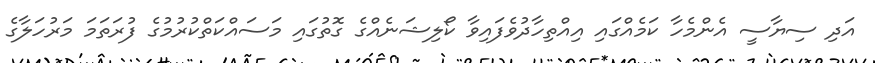
އަދި ސިޔާސީ އެންމެހާ ކަމެއްގައި އިއްތިހާދުވެފައިވާ ކޯލިޝަނެއްގެ ގޮތުގައި މަސައްކަތްކުރުމުގެ ފުރަތަމަ މަރުހަލާގެ